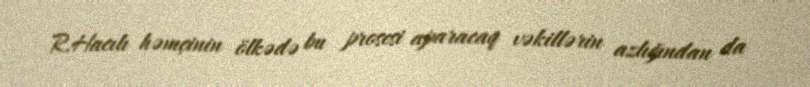
R.Hacılı həmçinin ölkədə bu prosesi aparacaq vəkillərin azlığından da